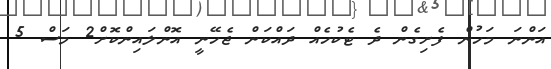
އަންނަ މަހުން ފެށިގެން ދެ ޓެކުހެއް ދައްކަން ޖެހޭނީ އޮންލައިންކޮށް2 މަސް 5